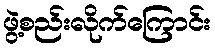
ဖွဲ့စည်းလိုက်ကြောင်း